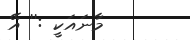
މާނައަކީ :'' އޭ